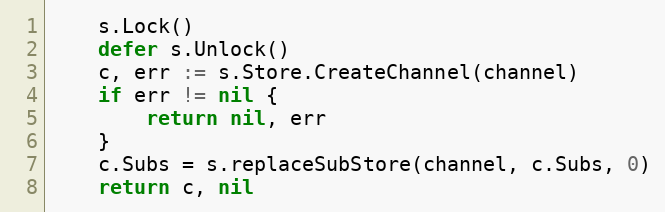
Language: Go
	s.Lock()
	defer s.Unlock()
	c, err := s.Store.CreateChannel(channel)
	if err != nil {
		return nil, err
	}
	c.Subs = s.replaceSubStore(channel, c.Subs, 0)
	return c, nil